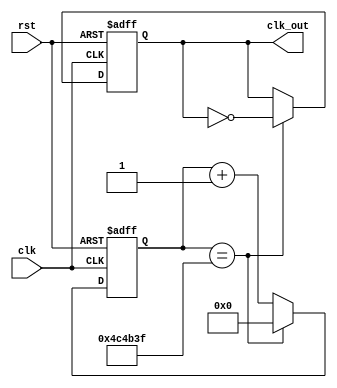
`timescale 1ns / 1ps
//////////////////////////////////////////////////////////////////////////////////
// Company: 
// Engineer: 
// 
// Design Name: 
// Module Name: clkdivider
// Project Name: 
// Target Devices: 
// Tool Versions: 
// Description: 
// 
// Dependencies: 
// 
// Revision:
// Revision 0.01 - File Created
// Additional Comments:
// 
//////////////////////////////////////////////////////////////////////////////////



module clockDivider#(parameter n = 5000000) (input clk,rst, output reg clk_out);
reg [31:0] count;

always @ (posedge clk, posedge rst) begin
    if (rst == 1'b1) 
        count <= 32'b0;
    else if (count == n-1) 
        count <= 32'b0;
    else 
        count <= count + 1;
    end

always @ (posedge clk, posedge rst) begin
    if (rst) 
        clk_out <= 0;
    else if (count == n-1) 
        clk_out <= ~ clk_out;
    end
endmodule